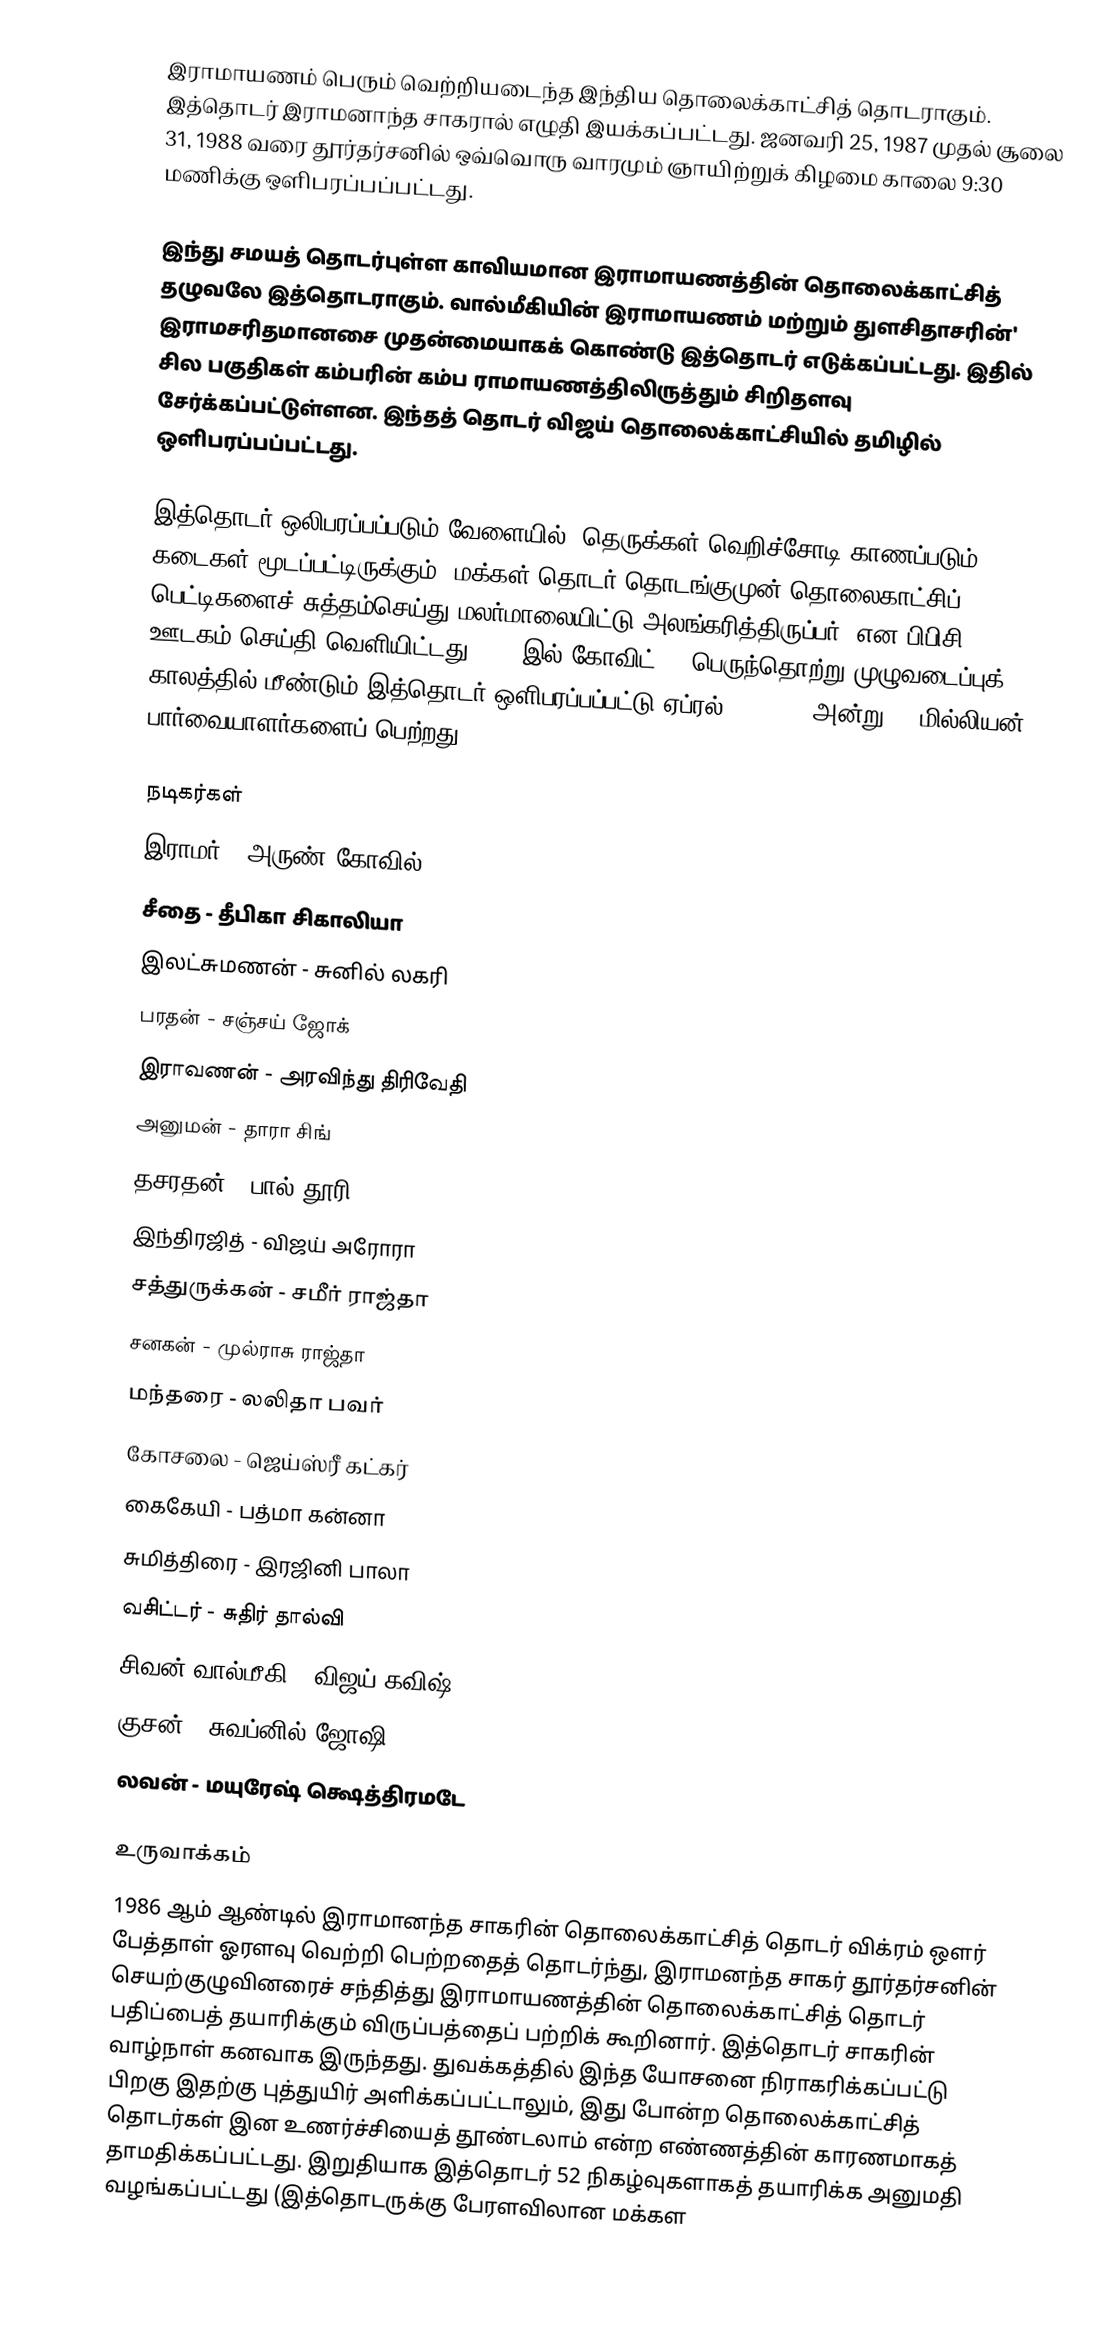
இராமாயணம்  பெரும் வெற்றியடைந்த இந்திய தொலைக்காட்சித் தொடராகும். இத்தொடர் இராமனாந்த சாகரால் எழுதி இயக்கப்பட்டது. ஜனவரி 25, 1987 முதல் சூலை 31, 1988 வரை தூர்தர்சனில் ஒவ்வொரு வாரமும் ஞாயிற்றுக் கிழமை காலை 9:30 மணிக்கு ஒளிபரப்பப்பட்டது.

இந்து சமயத் தொடர்புள்ள காவியமான இராமாயணத்தின் தொலைக்காட்சித் தழுவலே இத்தொடராகும். வால்மீகியின் இராமாயணம் மற்றும் துளசிதாசரின்' இராமசரிதமானசை முதன்மையாகக் கொண்டு இத்தொடர் எடுக்கப்பட்டது. இதில் சில பகுதிகள் கம்பரின் கம்ப ராமாயணத்திலிருத்தும்  சிறிதளவு சேர்க்கப்பட்டுள்ளன. இந்தத் தொடர் விஜய் தொலைக்காட்சியில் தமிழில் ஒளிபரப்பப்பட்டது.

இத்தொடர் ஒலிபரப்பப்படும் வேளையில் "தெருக்கள் வெறிச்சோடி காணப்படும்;  கடைகள் மூடப்பட்டிருக்கும்; மக்கள் தொடர் தொடங்குமுன் தொலைகாட்சிப் பெட்டிகளைச் சுத்தம்செய்து மலர்மாலையிட்டு அலங்கரித்திருப்பர்" என பிபிசி ஊடகம் செய்தி வெளியிட்டது 2020 இல் கோவிட்-19 பெருந்தொற்று முழுவடைப்புக் காலத்தில் மீண்டும் இத்தொடர் ஒளிபரப்பப்பட்டு ஏப்ரல் 16, 2020 அன்று 77 மில்லியன் பார்வையாளர்களைப் பெற்றது.

நடிகர்கள்
 இராமர் - அருண் கோவில்
 சீதை - தீபிகா சிகாலியா
 இலட்சுமணன் - சுனில் லகரி
 பரதன் - சஞ்சய் ஜோக்
 இராவணன் - அரவிந்து திரிவேதி
 அனுமன் - தாரா சிங்
 தசரதன் - பால் தூரி
 இந்திரஜித் - விஜய் அரோரா
 சத்துருக்கன் - சமீர் ராஜ்தா
 சனகன் - முல்ராசு ராஜ்தா
 மந்தரை - லலிதா பவர்
 கோசலை - ஜெய்ஸ்ரீ கட்கர்
 கைகேயி - பத்மா கன்னா
 சுமித்திரை - இரஜினி பாலா
 வசிட்டர் - சுதிர் தால்வி
 சிவன்/வால்மீகி - விஜய் கவிஷ்
 குசன் - சுவப்னில் ஜோஷி
 லவன் - மயுரேஷ் க்ஷெத்திரமடே

உருவாக்கம்
1986 ஆம் ஆண்டில் இராமானந்த சாகரின் தொலைக்காட்சித் தொடர் விக்ரம் ஒளர் பேத்தாள் ஓரளவு வெற்றி பெற்றதைத் தொடர்ந்து, இராமனந்த சாகர் தூர்தர்சனின் செயற்குழுவினரைச் சந்தித்து இராமாயணத்தின் தொலைக்காட்சித் தொடர் பதிப்பைத் தயாரிக்கும் விருப்பத்தைப் பற்றிக் கூறினார். இத்தொடர் சாகரின் வாழ்நாள் கனவாக இருந்தது. துவக்கத்தில் இந்த யோசனை நிராகரிக்கப்பட்டு பிறகு இதற்கு புத்துயிர் அளிக்கப்பட்டாலும், இது போன்ற தொலைக்காட்சித் தொடர்கள் இன உணர்ச்சியைத் தூண்டலாம் என்ற எண்ணத்தின் காரணமாகத் தாமதிக்கப்பட்டது. இறுதியாக இத்தொடர் 52 நிகழ்வுகளாகத் தயாரிக்க அனுமதி வழங்கப்பட்டது (இத்தொடருக்கு பேரளவிலான மக்கள